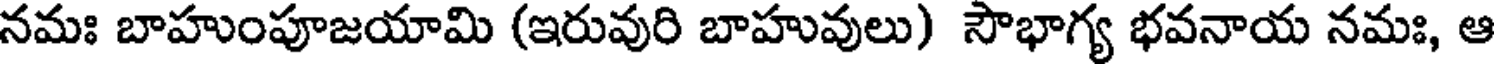
నమః బాహుంపూజయామి (ఇరువురి బాహువులు) సౌభాగ్య భవనాయ నమః, ఆ